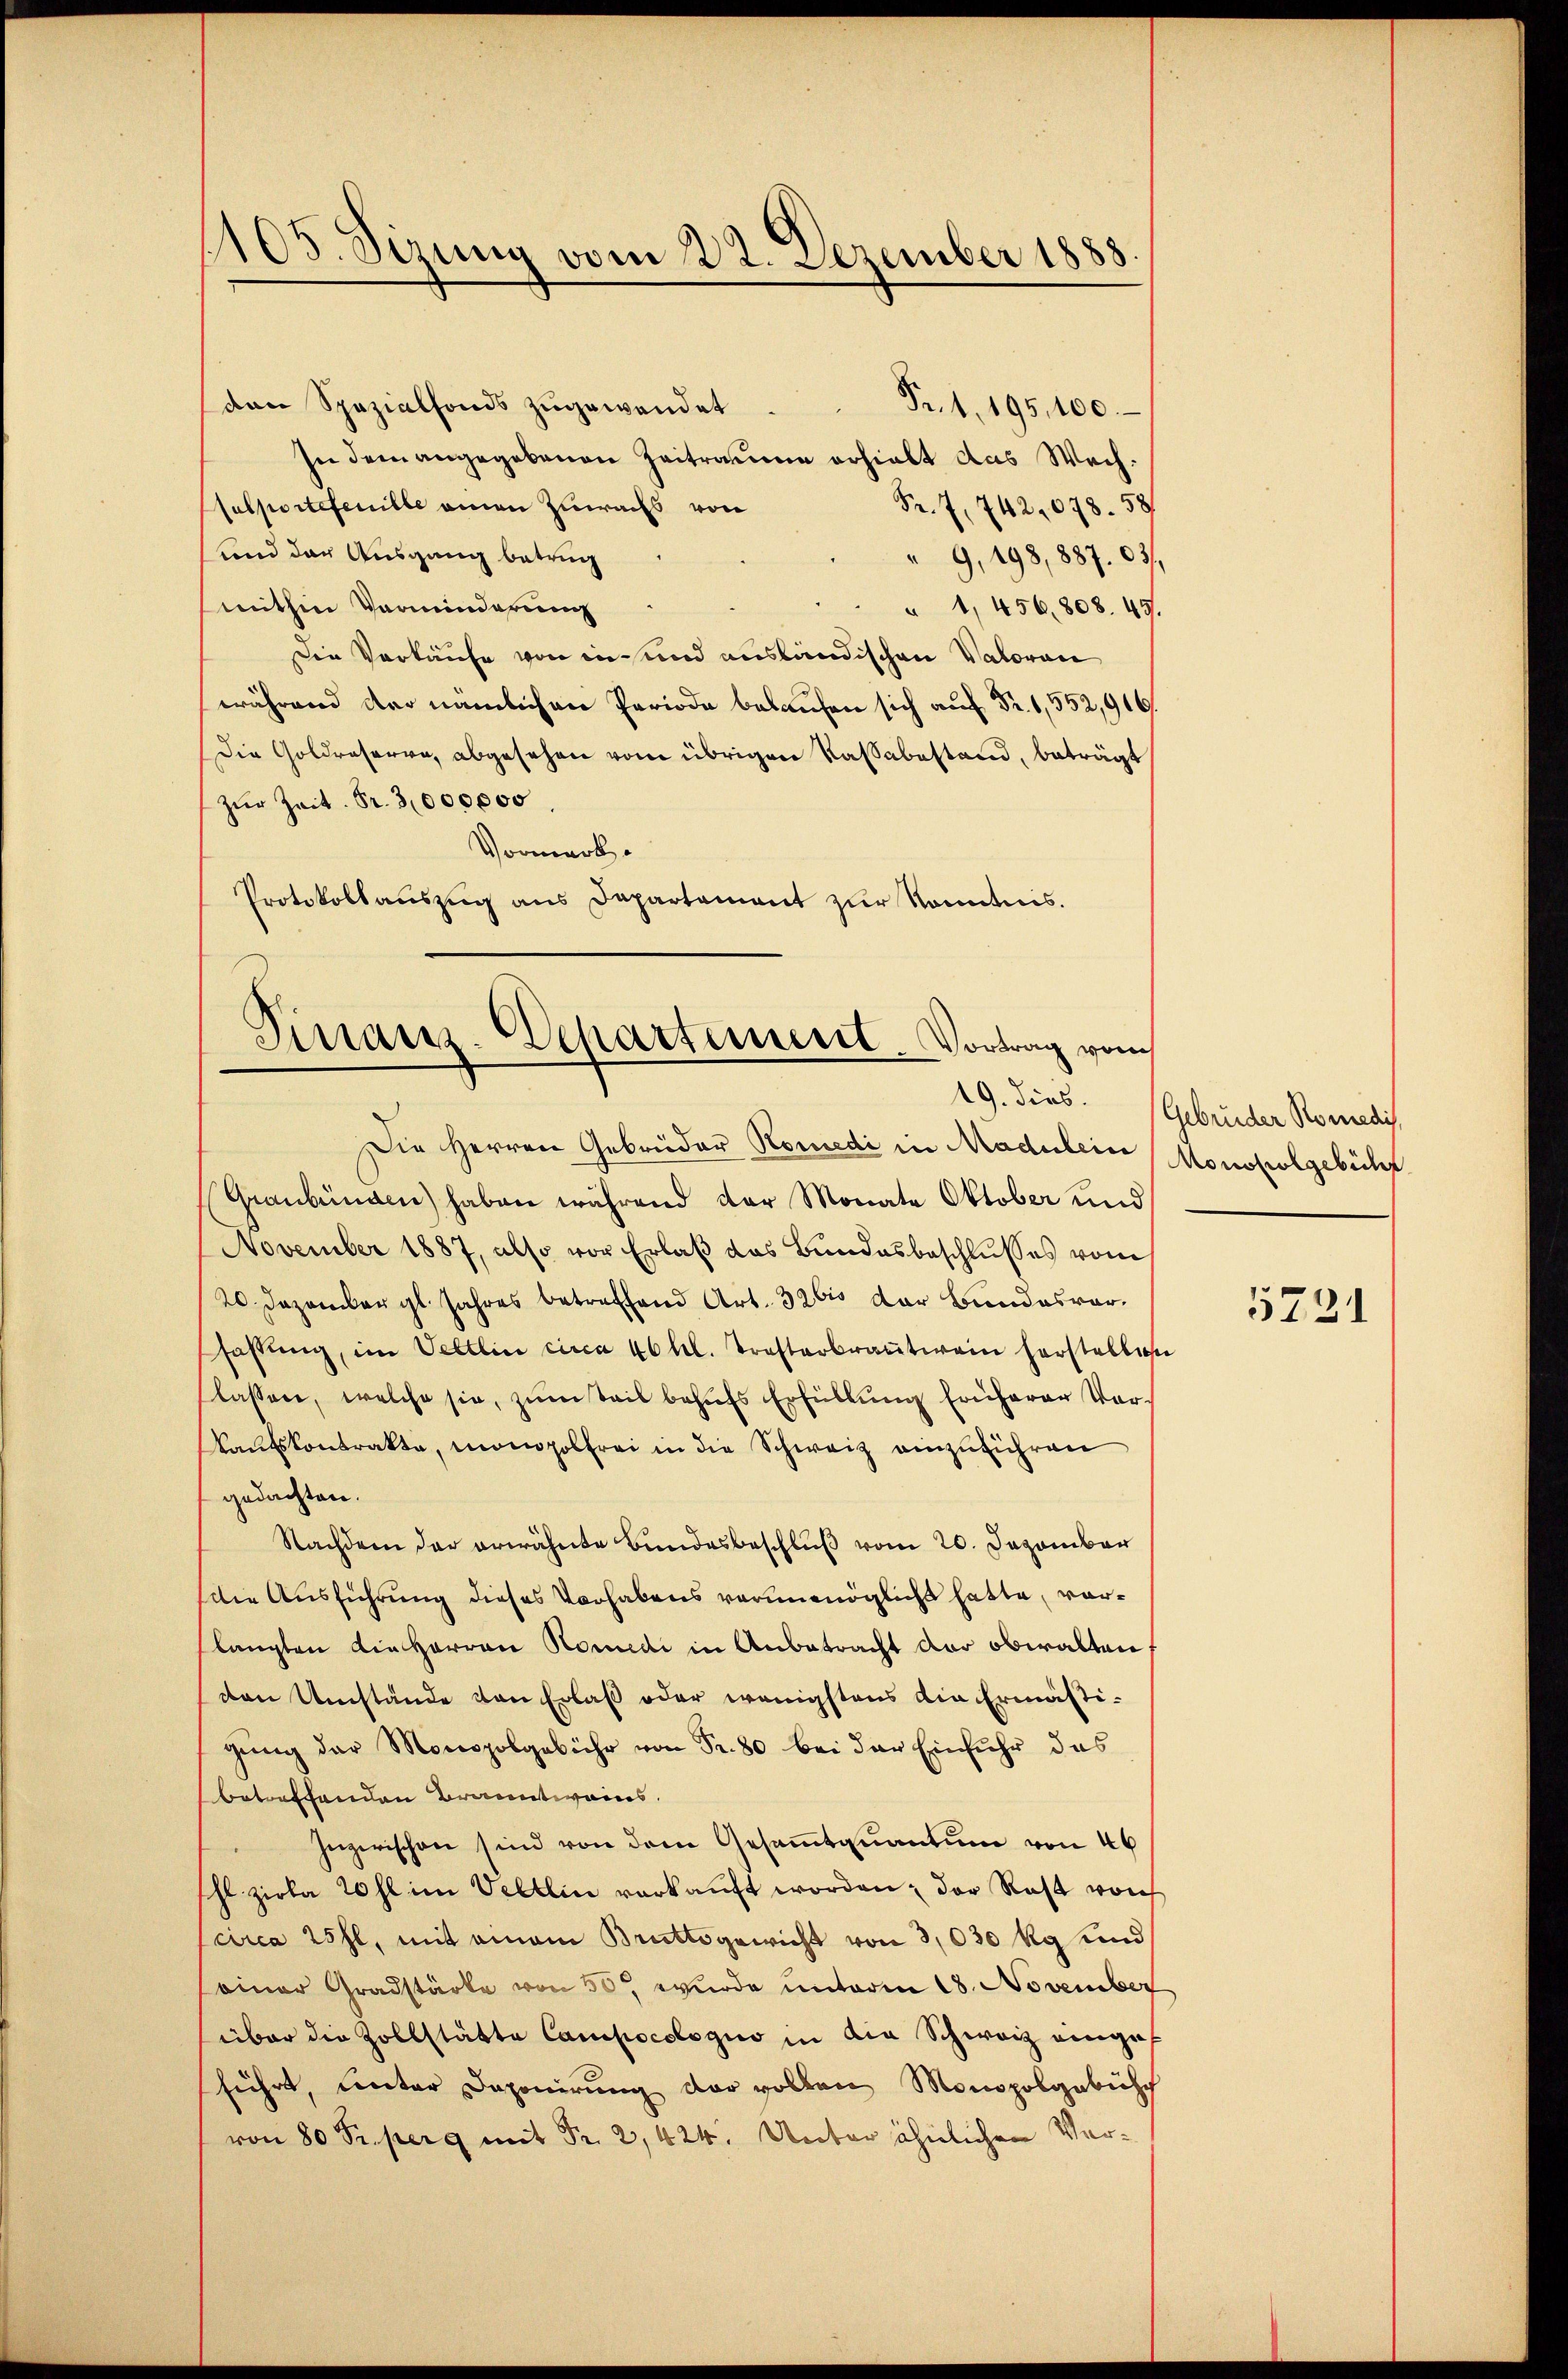
1105. Sizung vom 22. Dezember 1888.

den Spazialfonds zugewendet
Fr. 1, 195,100.
In dem angegebenen Zeitraume erhielt das Wechalportefeuille einen Zuwachs von
Fr. 7, 742,078. 58
und der Ausgang betring
" 9, 198, 887. 631.
mithin Verminderung
" 1,456, 808. 45.
Die Verkäufe von in und ausländischen Valoran
während der nämlichen Periode belaufen sich auf Fr. 552,916
Die Goldraserra, abgesehen vom übrigen Kassabestand, beträgt
zŭr Zeit. Fr. 3000000
Vormerk.
Protokollauszug aus Dapartement zur Kenntnis.

Finanz-Departement. Vortrag vom

Die Herren Gebrüder Romedi in Modulein Monopolgebühr
Graubünden) haben während der Monate Oktober und
November 1887, also vor Erlaβ das Bundesbeschlŭsses vom
20. Dezembergl. Jahres betreffend Art. 32 bis der Bundesverfassung, im Veltlin circa 40 kl. Trosterbrantwein Forstelliche
lassen, welche sie, zum Teil behufs Erfüllung früherer Vor¬
Kaufskontrakte, monopolfrei in die Schweiz einzuführen
gedachten.
Nachdem der erwähnte Bundesbeschluß vom 20. Dezember
Die Ausführung dieses Vorhabens verunmöglicht hatte, vorslangten die Harron Romedi in Anbetracht der obwalten
den Umstände von Erlaß oder wenigstens die Ermäßigung der Monopolgebühr von Fr. 80 bei der Einfuhr das
betreffenden Branntweins.
Inzerischen sind von dem Gesaṁtquantum von 40
hl zirka 20 fl im Veltlin verkaŭft worden, der Rast von
circa 25 fl, mit einem Bruttogewicht von 3,030 kg und
einer Gradstärke von 50 wurde unterm 18. November
über die Zollstätte Campocologis in die Schwarz eingef
führt, unter Deponirung der vollen Monopolgebühr
von 80 Fr. perg mit Fr. 2, 424. Unter ähnlichen Ver¬

19. dies. Gebrüder Romedi

5721